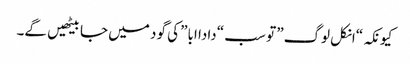
کیونکہ “انکل لوگ” تو سب “دادا ابا” کی گود میں جا بیٹھیں گے۔